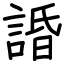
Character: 諙